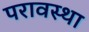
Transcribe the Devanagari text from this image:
परावस्था